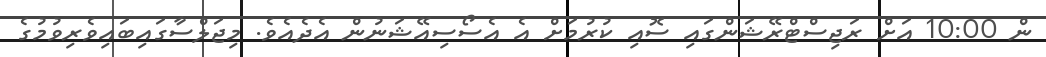
ން 10:00 އަށް ރަޖިސްޓްރޭޝަންގައި ސޮއި ކުރުމަށް އެ އެސޯސިއޭޝަނުން އެދެއެވެ. މިޖަލްސާގައިބައިވެރިވުމުގެ